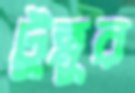
টুন্নুর